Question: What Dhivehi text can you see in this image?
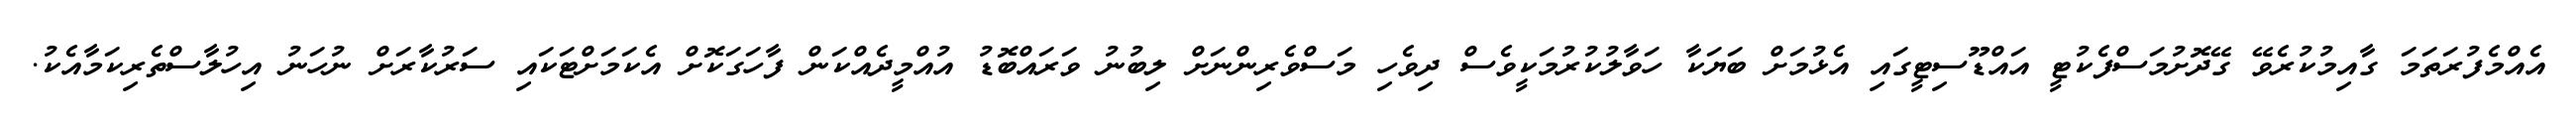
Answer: އެއްމެފުރަތަމަ ގާއިމުކުރެވޭ ގޭދޮށުމަސްފެކުޓީ އައްޑޫސިޓީގައި އެޅުމަށް ބަޔަކާ ހަވާލުކުރުމަކީވެސް ދިވެހި މަސްވެރިންނަށް ލިބުނު ވަރައްބޮޑު އުއްމީދެއްކަން ފާހަގަކޮށް އެކަމަށްޓަކައި ސަރުކާރަށް ނުހަނު އިހުލާސްތެރިކަމާއެކު.